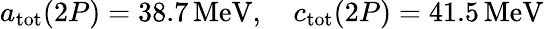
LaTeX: a_{\mathrm{tot}}(2P)=38.7\, \mathrm{MeV},\quad c_{\mathrm{tot}}(2P)=41.5\, \mathrm{MeV}